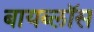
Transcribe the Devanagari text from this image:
बायब्लॉस